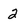
Character: 2